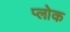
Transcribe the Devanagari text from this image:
प्लोक